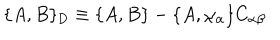
LaTeX: \{ A , B \} _ { \mathrm { D } } \equiv \{ A , B \} - \{ A , \chi _ { \alpha } \} C _ { \alpha \beta }